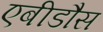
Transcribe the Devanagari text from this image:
एबीडौस